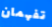
تفهمان